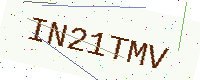
Text: IN21TMV